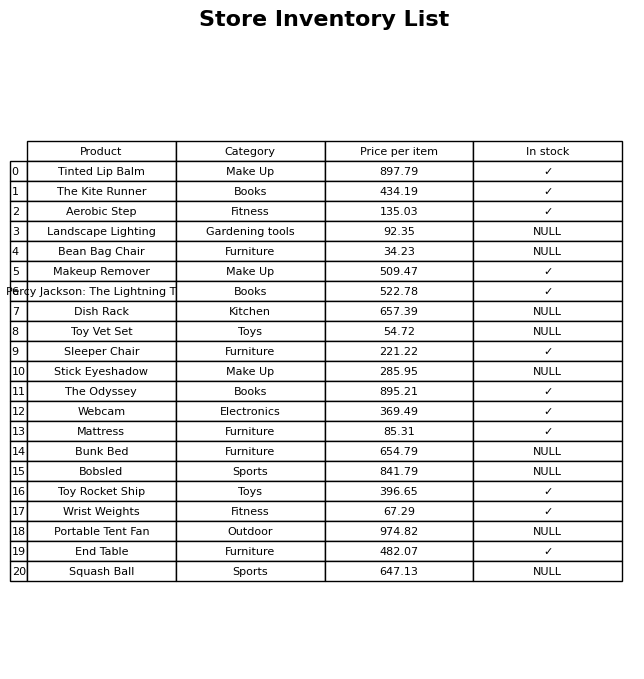
question: What is the price for Landscape Lighting?
answer: The price of Landscape Lighting is 92.35.